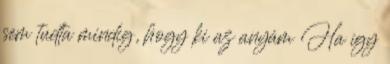
sem tudta mindig, hogy ki az anyám Ha így